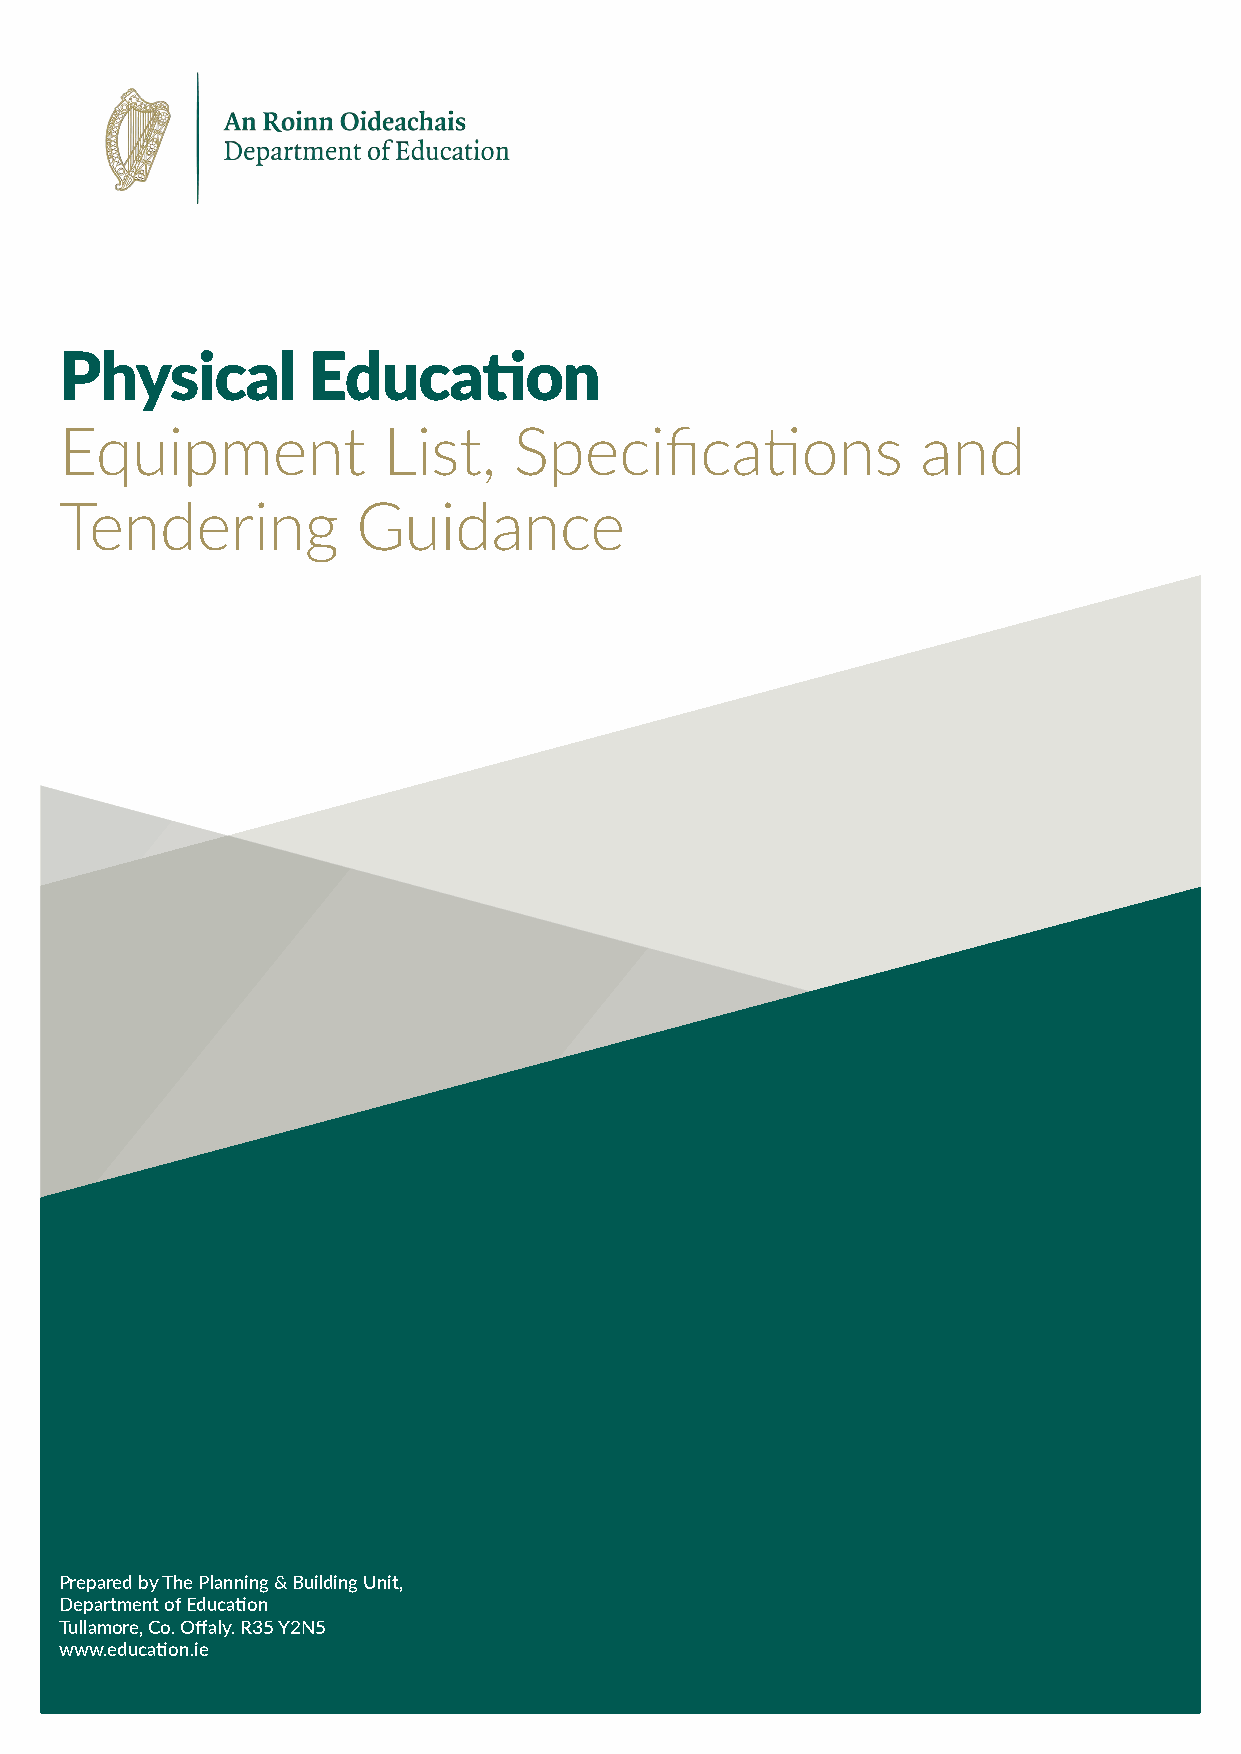
Physical        Education
 Equipment            List,    Specifications             and
 Tendering           Guidance
 Prepared by The Planning & Building Unit,
 Department of Education
 Tullamore, Co. Offaly. R35 Y2N5
 www.education.ie